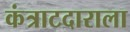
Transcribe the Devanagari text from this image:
कंत्राटदाराला